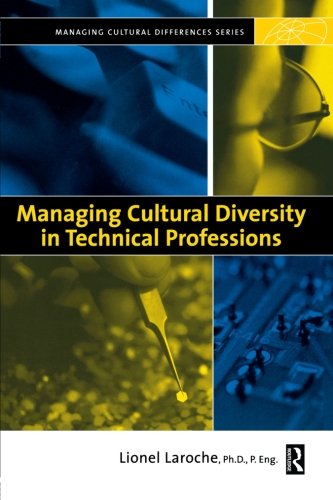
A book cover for Managing Cultural Diversity in Technical Professions (Managing Cultural Differences); Lionel Laroche; Business & Money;